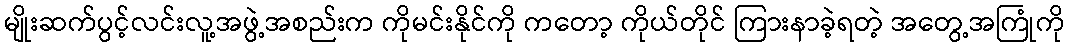
မျိုးဆက်ပွင့်လင်းလူ့အဖွဲ့အစည်းက ကိုမင်းနိုင်ကို ကတော့ ကိုယ်တိုင် ကြားနာခဲ့ရတဲ့ အတွေ့အကြုံကို